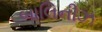
બાલિનીઝ